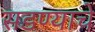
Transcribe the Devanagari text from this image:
सडण्याचे